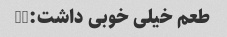
طعم خیلی خوبی داشت:))